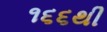
૧૬૬થી